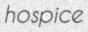
hospice